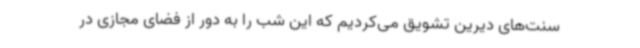
سنت‌های دیرین تشویق می‌کردیم که این شب را به دور از فضای مجازی در